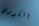
الكورس